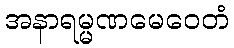
အနာရမ္မဏမေဝေတံ